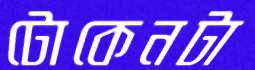
টোকেনটা